Insane asylums in Bengal annual reports 1876-1887 - 1876-1887
Year: 1876
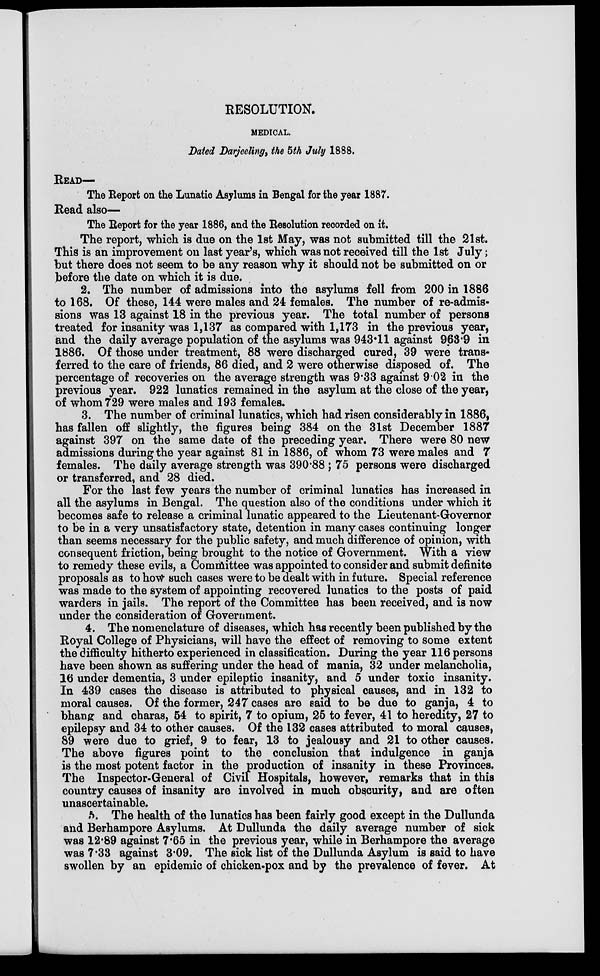
RESOLUTION.
MEDICAL.
Dated Darjeeling, the 5th July 1888.
READ—
The Report on the Lunatio Asylums in Bengal for the year 1887.
Read also—
The Report for the year 1886, and the Resolution recorded on it.
The report, which is due on the 1st May, was not submitted till the 21st.
This is an improvement on last year's, which was not received till the 1st July;
but there does not seem to be any reason why it should not be submitted on or
before the date on which it is due.
2. The number of admissions into the asylums fell from 200 in 1886
to 168. Of these, 144 were males and 24 females. The number of re-admis-
sions was 13 against 18 in the previous year. The total number of persons
treated for insanity was 1,137 as compared with 1,173 in the previous year,
and the daily average population of the asylums was 943.11 against 963.9 in
1886. Of those under treatment, 88 were discharged cured, 39 were trans-
ferred to the care of friends, 86 died, and 2 were otherwise disposed of. The
percentage of recoveries on the average strength was 9.33 against 9.02 in the
previous year. 922 lunatics remained in the asylum at the close of the year,
of whom 729 were males and 193 females.
3. The number of criminal lunatics, which had risen considerably in 1886,
has fallen off slightly, the figures being 384 on the 31st December 1887
against 397 on the same date of the preceding year. There were 80 new
admissions during the year against 81 in 1886, of whom 73 were males and 7
females. The daily average strength was 390.88 ; 75 persons were discharged
or transferred, and 28 died.
For the last few years the number of criminal lunatics has increased in
all the asylums in Bengal. The question also of the conditions under which it
becomes safe to release a criminal lunatic appeared to the Lieutenant-Governor
to be in a very unsatisfactory state, detention in many cases continuing longer
than seems necessary for the public safety, and much difference of opinion, with
consequent friction, being brought to the notice of Government. With a view
to remedy these evils, a Committee was appointed to consider and submit definite
proposals as to how such cases were to be dealt with in future. Special reference
was made to the system of appointing recovered lunatics to the posts of paid
warders in jails. The report of the Committee has been received, and is now
under the consideration of Government.
4. The nomenclature of diseases, which has recently been published by the
Royal College of Physicians, will have the effect of removing to some extent
the difficulty hitherto experienced in classification. During the year 116 persons
have been shown as suffering under the head of mania, 32 under melancholia,
16 under dementia, 3 under epileptic insanity, and 5 under toxic insanity.
In 439 cases the disease is attributed to physical causes, and in 132 to
moral causes. Of the former, 247 cases are said to be due to ganja, 4 to
bhang: and charas, 54 to spirit, 7 to opium, 25 to fever, 41 to heredity, 27 to
epilepsy and 34 to other causes. Of the 132 cases attributed to moral causes,
89 were due to grief, 9 to fear, 13 to jealousy and 21 to other causes.
The above figures point to the conclusion that indulgence in ganja
is the most potent factor in the production of insanity in these Provinces.
The Inspector-General of Civil Hospitals, however, remarks that in this
country causes of insanity are involved in much obscurity, and are often
unascertainable.
5. The health of the lunatics has been fairly good except in the Dullunda
and Berhampore Asylums. At Dullunda the daily average number of sick
was 12.89 against 7.65 in the previous year, while in Berhampore the average
was 7.33 against 3.09. The sick list of the Dullunda Asylum is said to have
swollen by an epidemic of chicken-pox and by the prevalence of fever. At